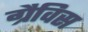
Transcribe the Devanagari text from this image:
ग्रैविस